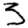
Digit: 3